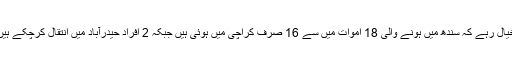
خیال رہے کہ سندھ میں ہونے والی 18 اموات میں سے 16 صرف کراچی میں ہوئی ہیں جبکہ 2 افراد حیدرآباد میں انتقال کرچکے ہیں۔